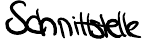
Schnittstelle